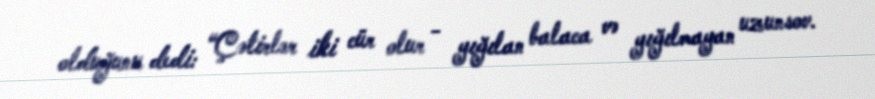
olduğunu dedi: “Çətirlər iki cür olur - yığılan balaca və yığılmayan uzunsov.